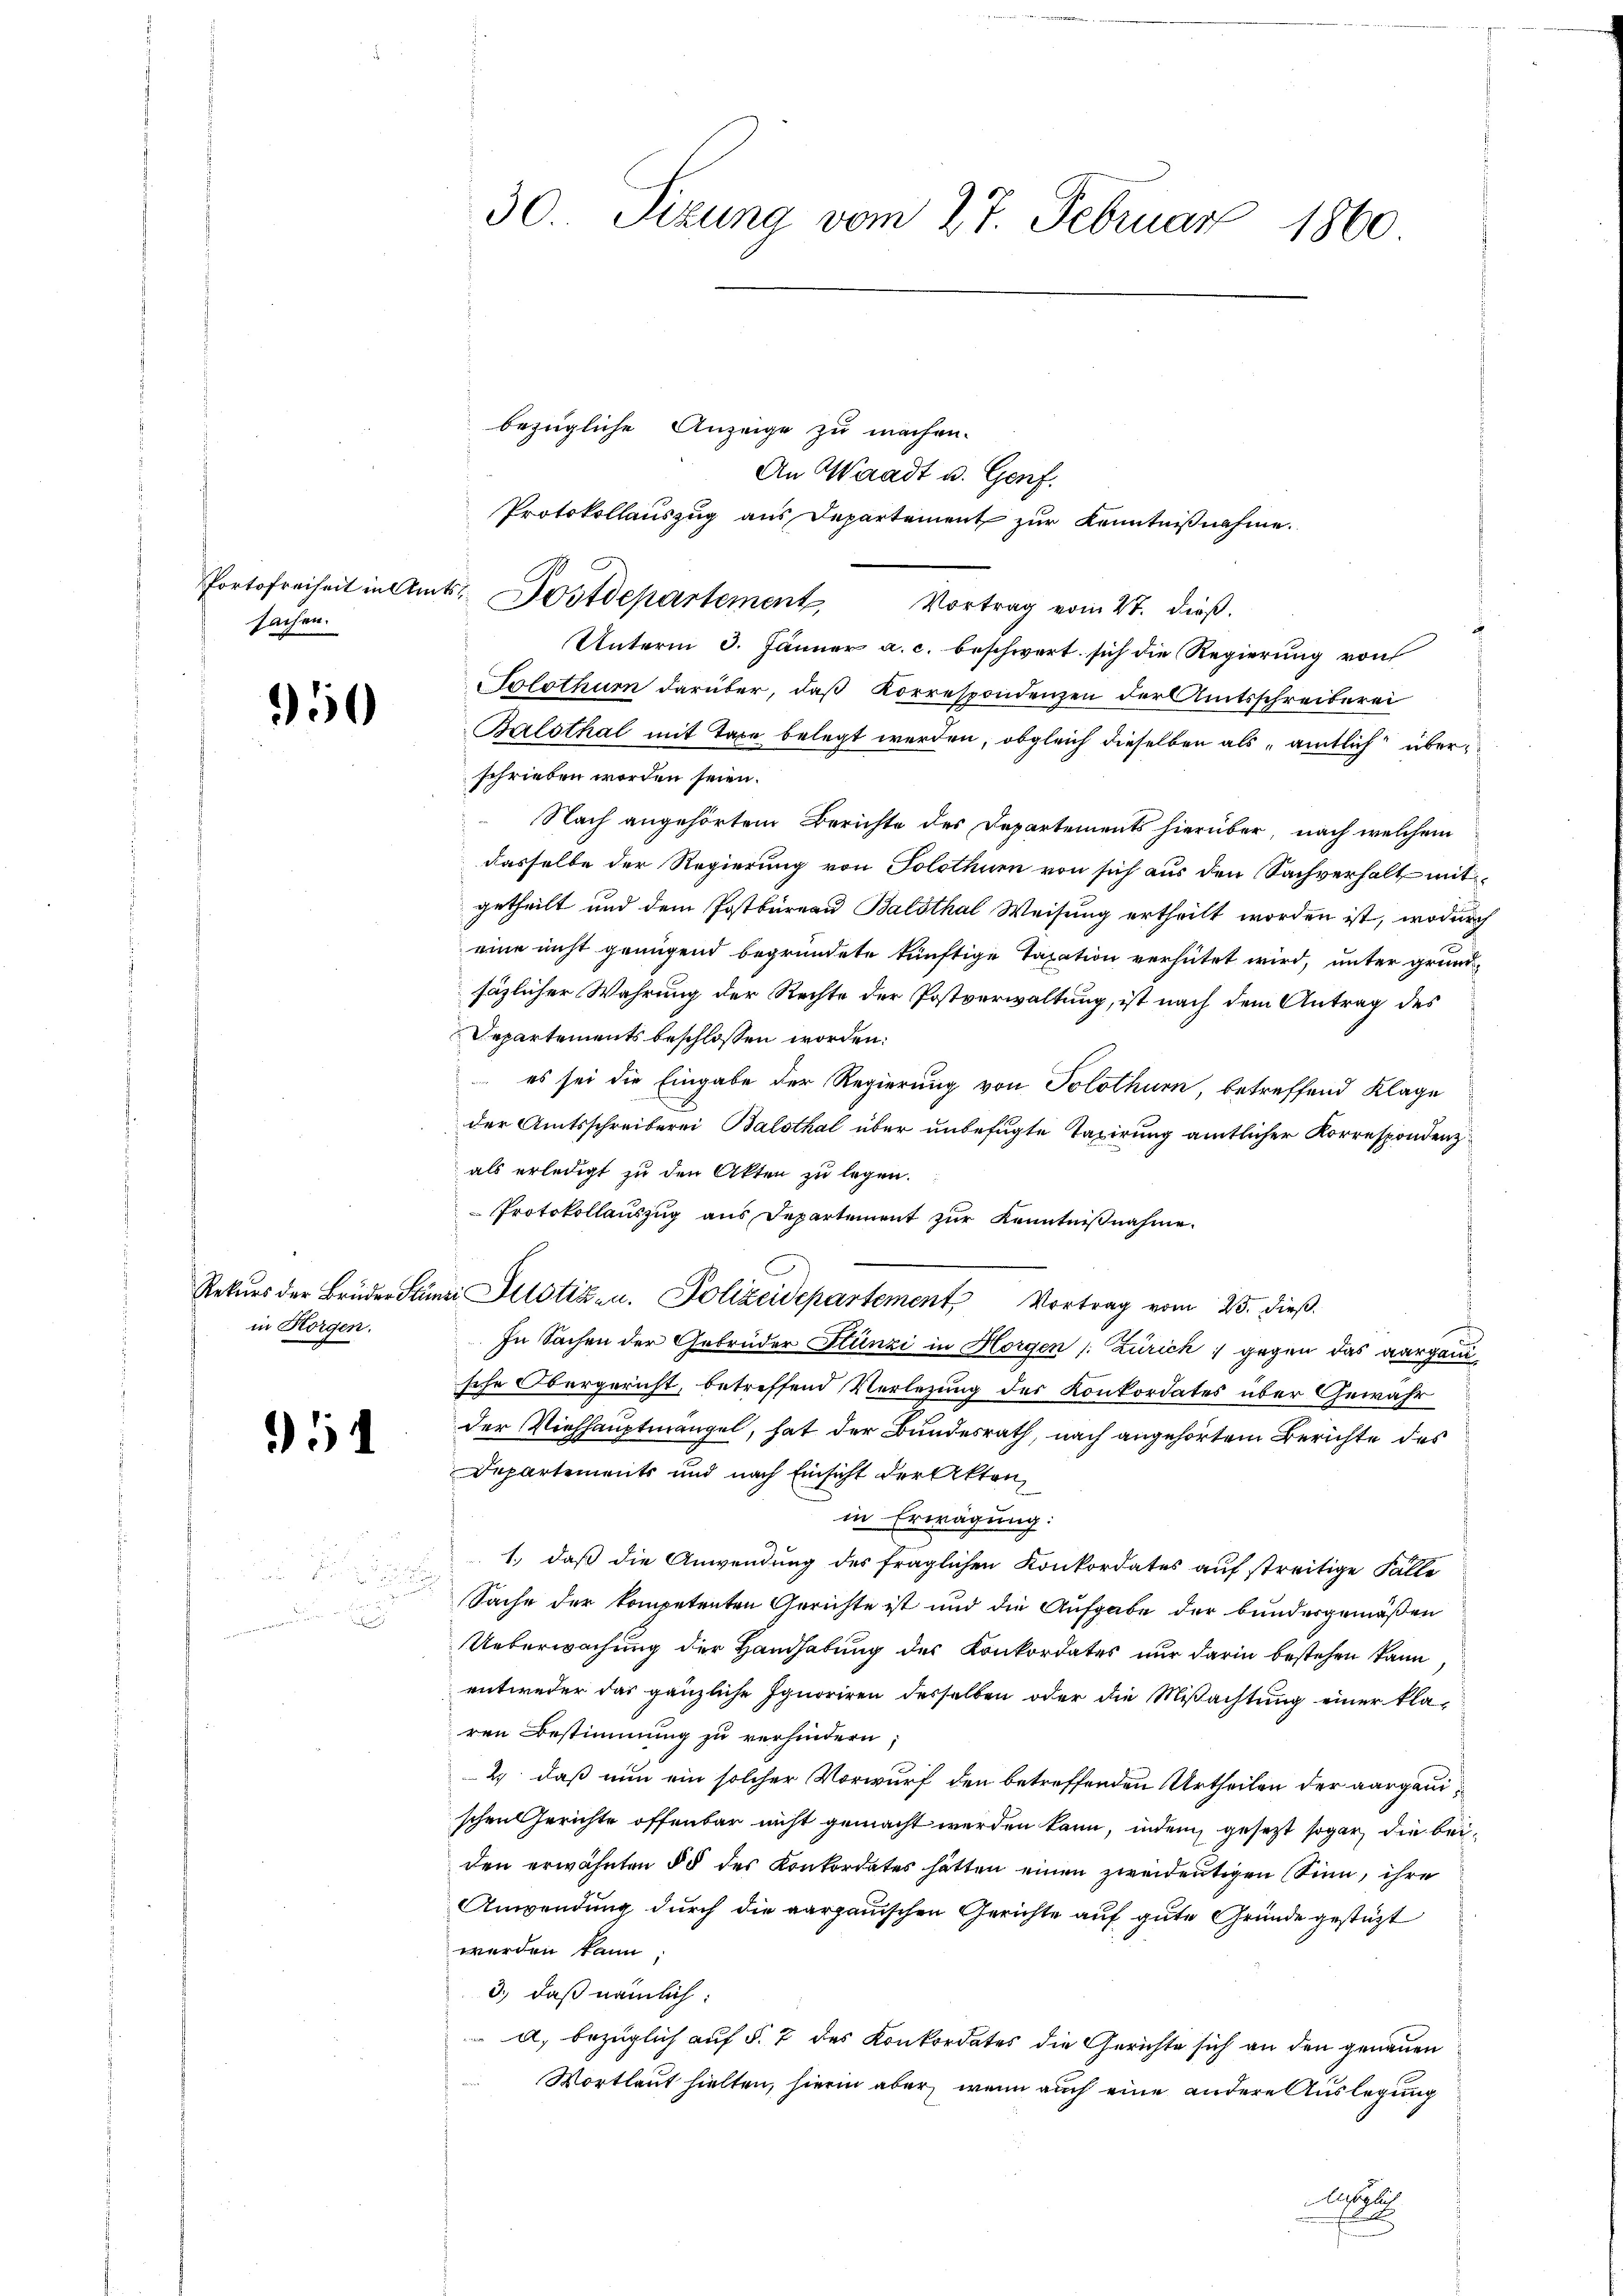
sachen.

50

Rekurs der Brüder Stun
in Horgen.

11

d

s

30. Sizung vom 27. Februar 1860

bezügliche Anzeige zu machen.
An Waadt u. Genf.
Vortrag vom 27. dieß.
Unterm 3. Jänner a. c. beschwert sich die Regierung von
Solothur darüber, daß Korrespondenzen der Amtsschreiberei
Balsthal mit Taxe belegt werden, obgleich dieselben als amtlich überschrieben worden seien.
 Nach angehörtem Berichte des Departements hierüber, nach welchem
dasselbe der Regierung von Solothur von sich aus den Sachverhalt mit
getheilt und dem Postbüreau Balsthal Weisung ertheilt worden ist, wodurch
eine nicht genügend begründete künftige Taxation verhütet wird, unter grund
säzlicher Wahrung der Rechte der Postverwaltung, ist nach dem Antrag des
Departements beschlossen worden:
 es sei die Eingabe der Regierung von Solothurn, betreffend Klage
der Amtsschreiberei Balsthal über unbefugte Taxirung amtlicher Korrespondenz
als erledigt zu den Akten zu legen.
Protokollauszug aus Departement zur Kenntnißnahme.
v Justiz- u. Polizeidepartement, Vortrag vom 25. dieß.
In Sachen der Gebrüder Stünzi in Horgen (: Zürich gegen das aargaui
sche Obergericht, betreffend Verlegung des Konkordates über Gewähr
der Viehhauptmangel, hat der Bundesrath, nach angehörtem Berichte des
Departements und nach Einsicht der Aktenin Erwägung:
1., daß die Anwendung des fraglichen Konkordates auf streitige Fälle
Sache der kompetenten Gerichte ist und die Aufgabe der bundesgemäßen
Ueberwachung der Handhabung des Konkordates nur darin bestehen kann
entweder das gänzliche Ignoriren desselben oder die Mißachtung einer kla-
ren Bestimmung zu verhindern
2, daß nun ein solcher Vorwurf den betreffenden Urtheilen der aargauischen Gerichte offenbar nicht gemacht werden kann, indem gesetzt sogar die beiden erwähnten § 5 des Konkordates hätten einen zweideutigen Sinn, ihre
Anwendung durch die aargauischen Gerichte auf gute Gründe gestützt
werden kann;
3.) daß nämlich:
d. bezüglich auf §. 7 des Konkordates die Gerichte sich an den genauen
Wortlaut hielten, hierin aber wenn auch eine andere Auslegung
löglich
f

Protokollauszug aus Departement zur Kenntnißnahme.
Portofreiheit in Amts Postdepartement